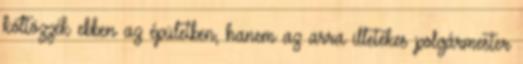
költözzék ebben az épületben, hanem az arra illetékes polgármester